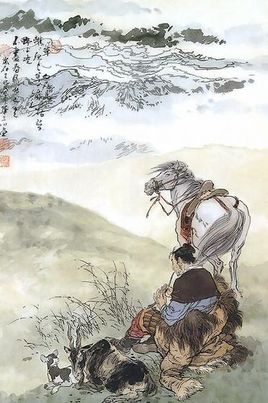
可怜今夕月，向何处去悠悠。